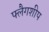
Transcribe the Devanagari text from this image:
फ्लैगशीप